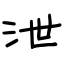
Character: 泄